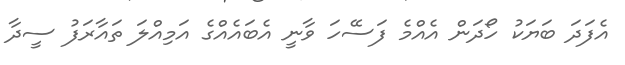
އެފަދަ ބަޔަކު ހޯދަން އެއްމެ ފަސޭހަ ވާނީ އެބައެއްގެ އަމިއްލަ ތައާރަފު ސީދާ